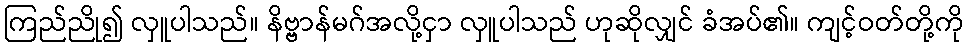
ကြည်ညို၍ လှူပါသည်။ နိဗ္ဗာန်မဂ်အလို့ငှာ လှူပါသည် ဟုဆိုလျှင် ခံအပ်၏။ ကျင့်ဝတ်တို့ကို